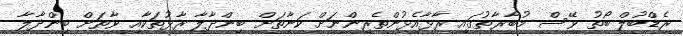
ރެޑްބުލް ބޯތު ވޭސް މުބާރާތުގައި ރާޅާއެޅުންތެރިންނަށް ކަނާތަށް ބިންދާލާ ރާޅުތަކާއި ވާތަށް ބިންދާލާ